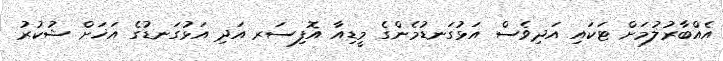
އެއްބާރުލުމަށް ޓަކައި އަދިވެސް އަޅުގަނޑުމެންގެ މީޑިއާ އޮފިސަރ އަދި އަޅުގަނޑުގެ އަޚަށް ޝުކުރު